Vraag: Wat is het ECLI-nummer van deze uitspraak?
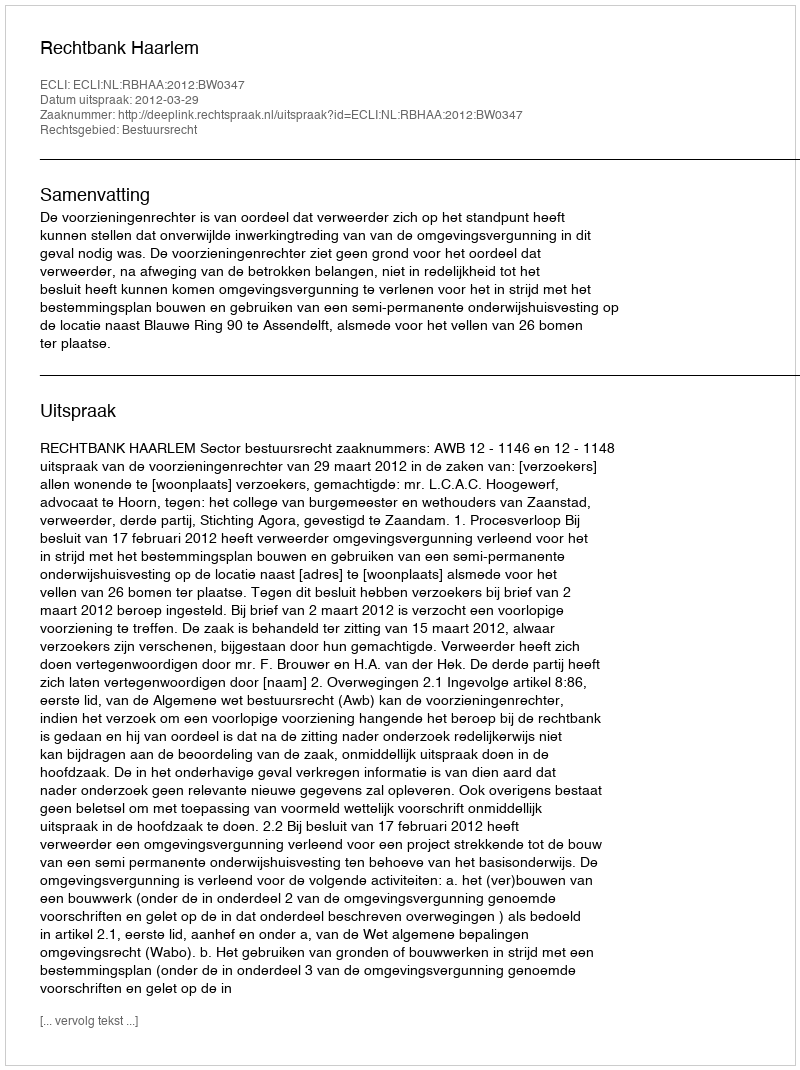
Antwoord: ECLI:NL:RBHAA:2012:BW0347